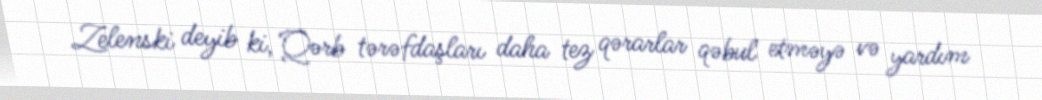
Zelenski deyib ki, Qərb tərəfdaşları daha tez qərarlar qəbul etməyə və yardım